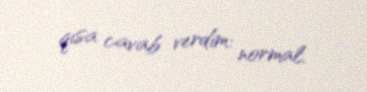
qısa cavab verdim: normal.